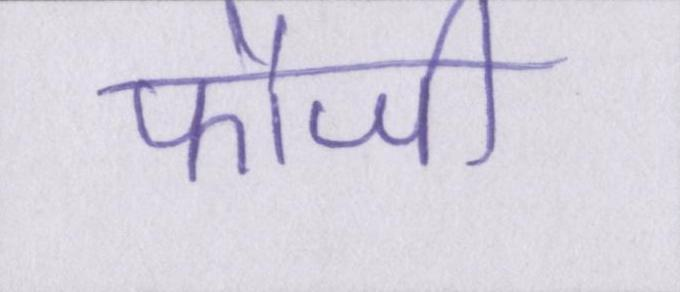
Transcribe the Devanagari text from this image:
फौजी